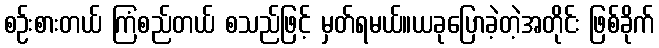
စဉ်းစားတယ် ကြံစည်တယ် စသည်ဖြင့် မှတ်ရမယ်။ယခုပြောခဲ့တဲ့အတိုင်း ဖြစ်ခိုက်